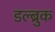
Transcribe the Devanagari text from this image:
डल्ब्रुक